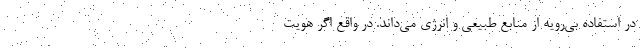
در استفاده بی‌رویه از منابع طبیعی و انرژی می‌داند. در واقع اگر هویت